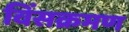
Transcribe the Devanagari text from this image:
विंसक्रमण